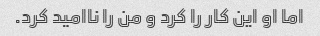
اما او این کار را کرد و من را ناامید کرد.